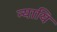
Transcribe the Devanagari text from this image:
न्यायि